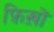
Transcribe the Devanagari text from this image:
फ़िख़ों